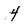
Character: 4